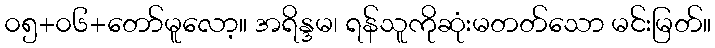
၀၅+၀၆+တော်မူလော့။ အရိန္ဒမ၊ ရန်သူကိုဆုံးမတတ်သော မင်းမြတ်။